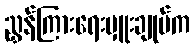
ညွှန်ကြားရေးမှူးချုပ်က